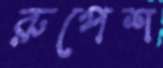
রুপেশ